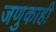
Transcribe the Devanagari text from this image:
जणुकाही